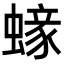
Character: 𧏹